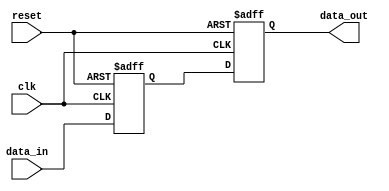
module two_flop_sync_block (
    input wire clk,
    input wire reset,
    input wire data_in,
    output reg data_out
);

reg flop1;
reg flop2;

always @(posedge clk or posedge reset) begin
    if (reset) begin
        flop1 <= 1'b0;
        flop2 <= 1'b0;
    end else begin
        flop1 <= data_in;
        flop2 <= flop1;
    end
end

assign data_out = flop2;

endmodule